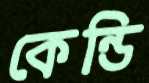
কেন্ডি